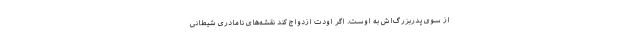
از سوی پدربزرگ‌اش به اوست. اگر اودت ازدواج کند نقشه‌های نامادری شیطانی